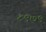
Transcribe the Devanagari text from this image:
८९७९